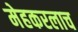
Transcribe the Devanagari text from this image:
मेहकरलाच